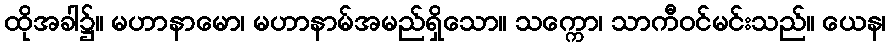
ထိုအခါ၌။ မဟာနာမော၊ မဟာနာမ်အမည်ရှိသော။ သက္ကော၊ သာကီဝင်မင်းသည်။ ယေန၊